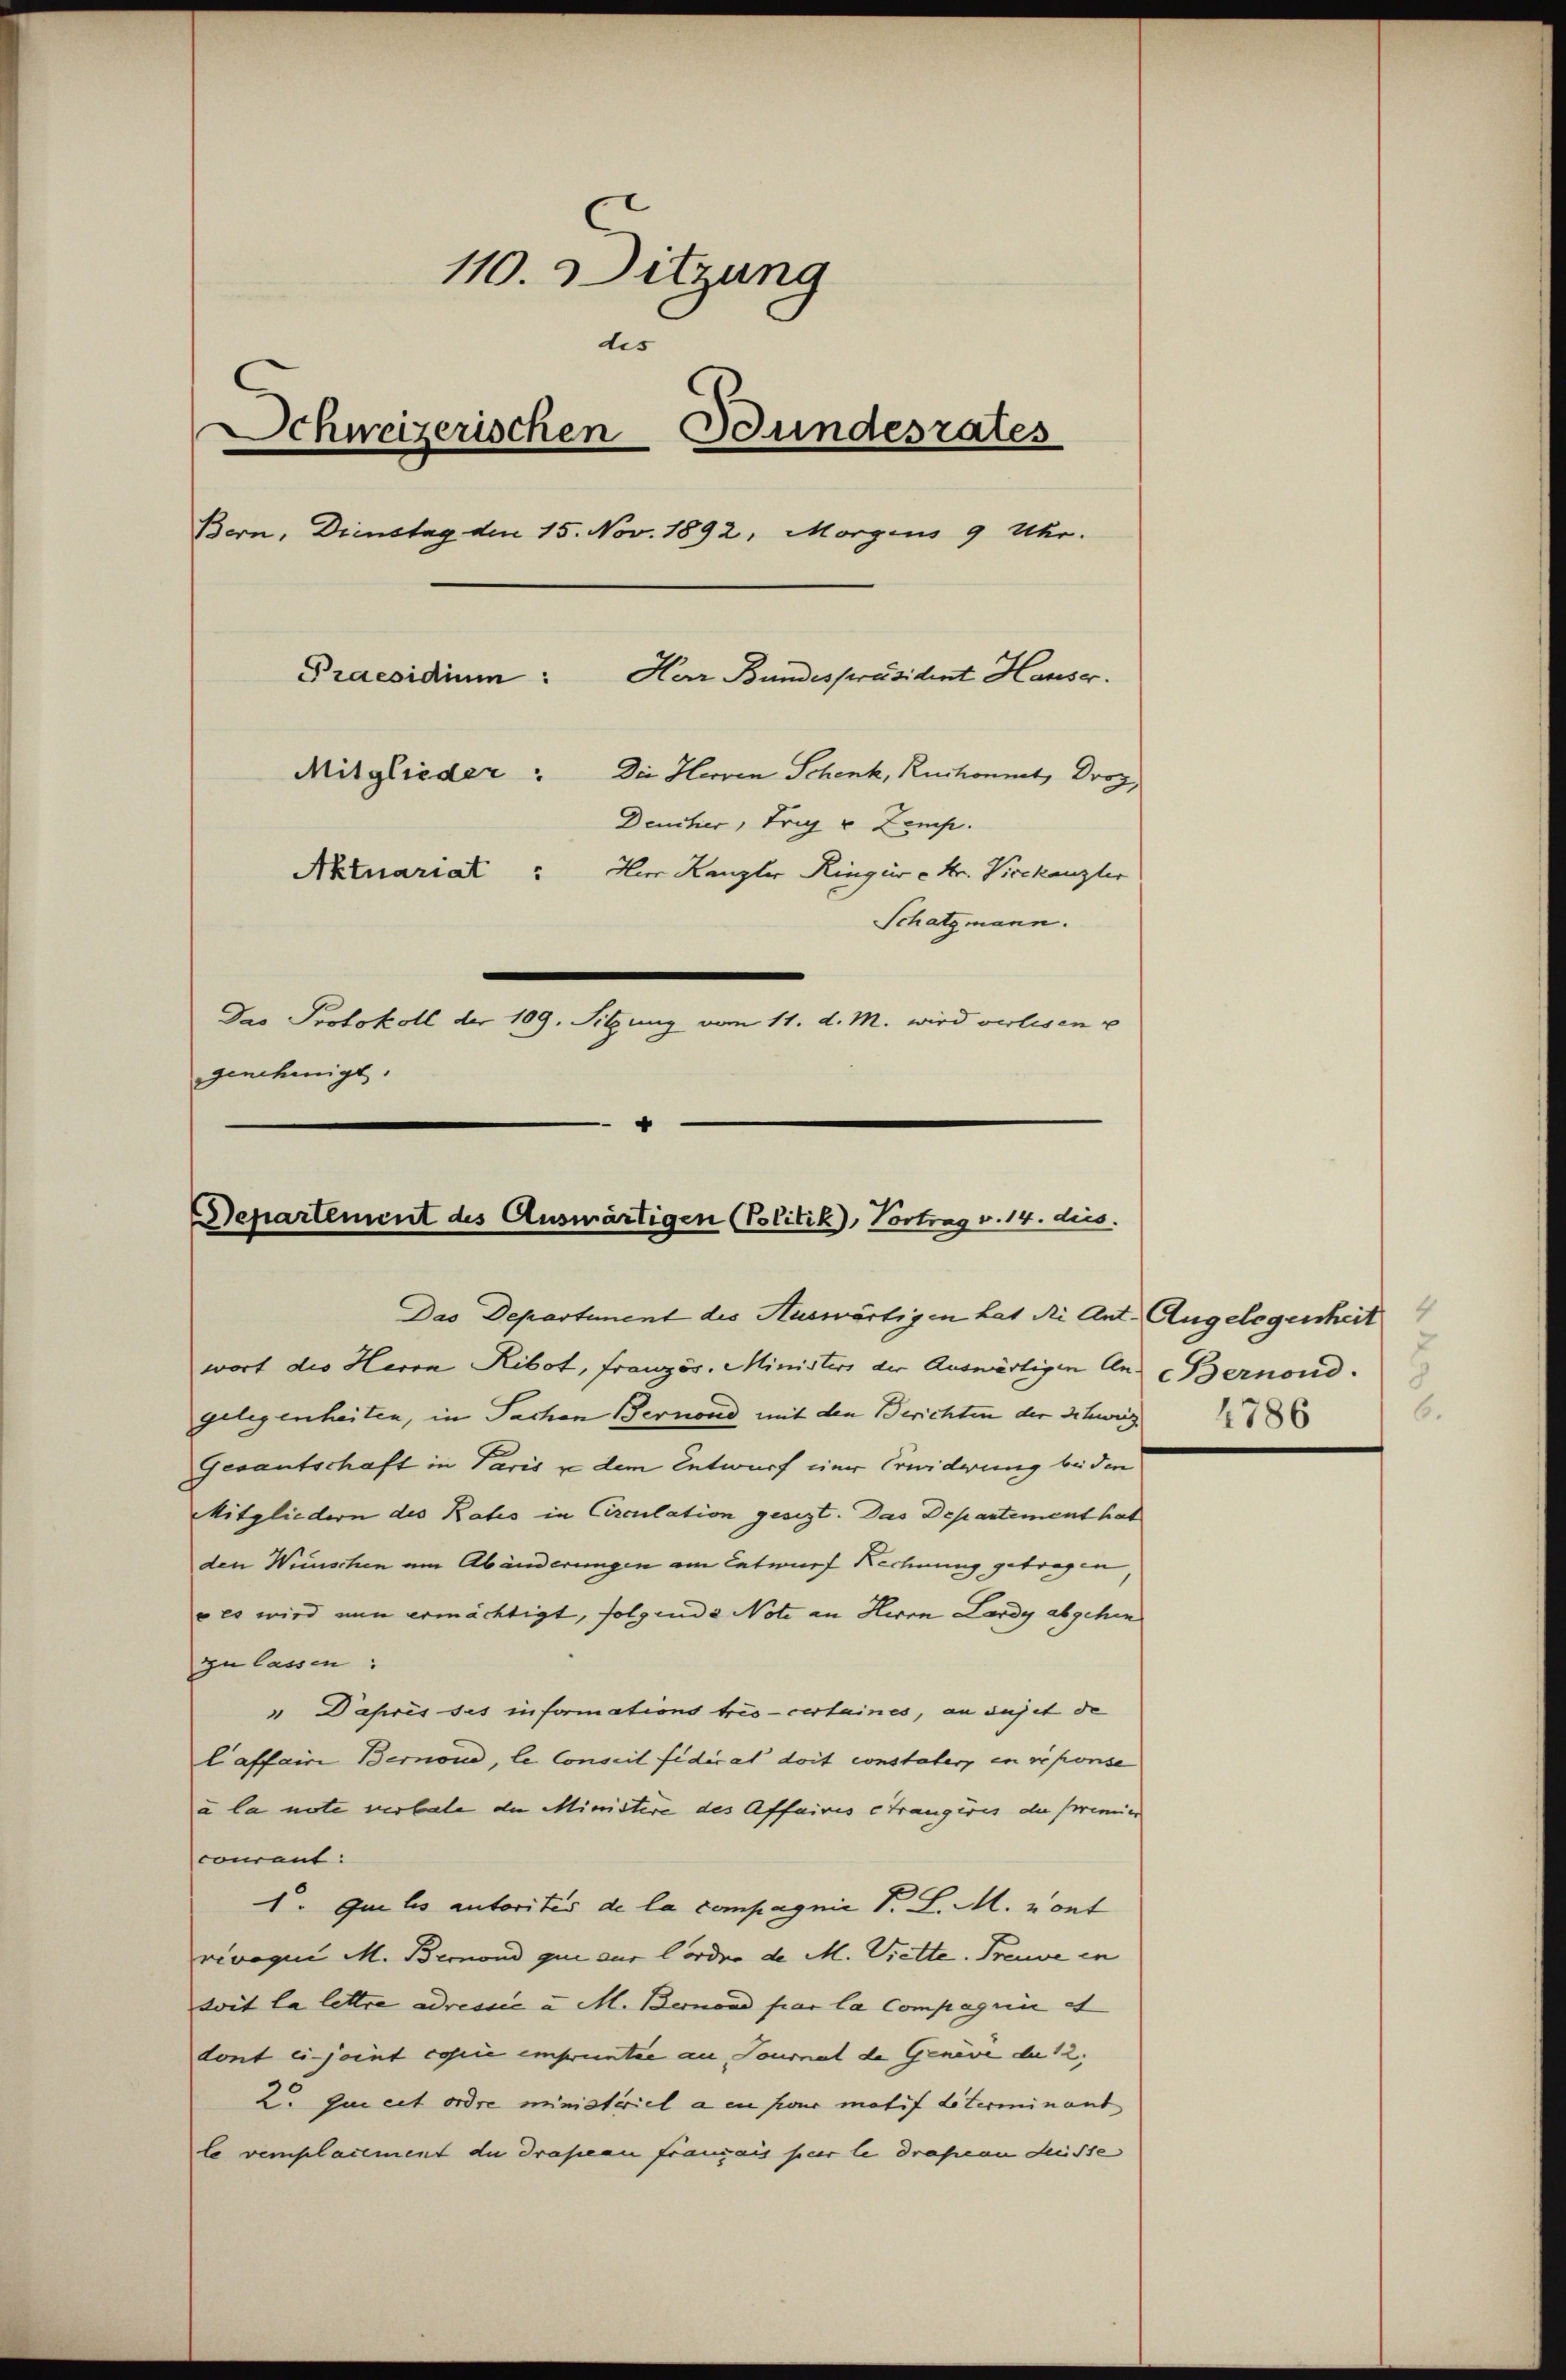
110. Sitzung
dis
Schweizerischen Bundesrates
Bern, Dienstag den 15. Nov. 1892, Morgens 9 Uhr.
Praesidium:
Herr Bundespräsident Hauser.
Mitglieder: Die Herren Schenk, Ruckommt, Droz.
Deucher, Trig v Zemp.
Aktuariat Herr Kanzler Ringiis e Hr. Vieckanzler
Schatzmann.
Das Protokoll der 109. Sitzung vom 11. d. M. wird verlesen u
genehmigt.

wort des Herrn Ribot, Französ. Ministers der Auswärtigen Aus (Bernond.
gelegenheiten, in Sachen Gernord mit den Berichten der Schweiz 186
Gesantschaft in Paris u dem Entwurf einer Erwiderung bei den
Mitgliedern des Rats in Circulation gesezt. Das Departement hat
den Wienschen am Abänderungen am Entwurf Rechnung getragen,
 es wird nun ermächtigt, folgende Note an Herrn Lardy abgehen
zu lassen:
" Dapris des informations tris certaines, an sujet de
laffain Bernou, le Conseil fidiret doit constater en reponse
a la note verbale die Ministire des Affaires étrangères die premier
concent:
1. Quiles autorites de la compagnie P. L. M. Kont
vivoque M. Bernond qui aus Corden de M. Viette. Treuve in
soit la lettre adressie a M. Bermond par la Compagnie et
dont eijoint copie empruntre an, Tournal de Genève de 12.
Z. qui est ordre ministeriel a en four matif literminant
le vemplacement du draseau franzais per le drasien desse

Departement des Auswärtigen (Politik, Vortrag v. 14. dies
Das Departinent des Auswärtigen hat die Ant. Angelegenheit

6.